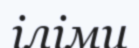
іліми